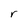
Character: r